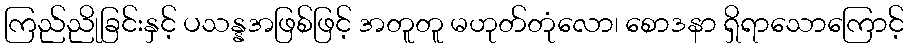
ကြည်ညိုခြင်းနှင့် ပသန္နအဖြစ်ဖြင့် အတူတူ မဟုတ်တုံလော၊ စောဒနာ ရှိရာသောကြောင့်